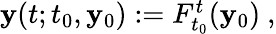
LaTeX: \begin{array}{r}{\mathbf{y}(t;t_{0},\mathbf{y}_{0}):=F_{t_{0}}^{t}(\mathbf{y}_{0})~,}\end{array}